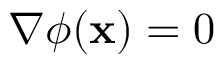
\nabla \phi ( \mathbf { x } ) = 0